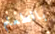
بالطعام